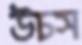
উচস